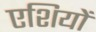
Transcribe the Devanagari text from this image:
एशियों